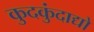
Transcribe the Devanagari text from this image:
कुदकुंदाद्यो